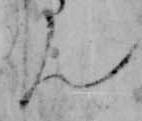
ん